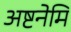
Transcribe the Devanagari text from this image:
अष्टनेमि